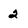
Character: 2